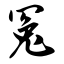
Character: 冤